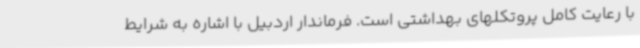
با رعایت کامل پروتکلهای بهداشتی است. فرماندار اردبیل با اشاره به شرایط